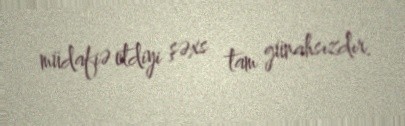
müdafiə etdiyi şəxs tam günahsızdır.